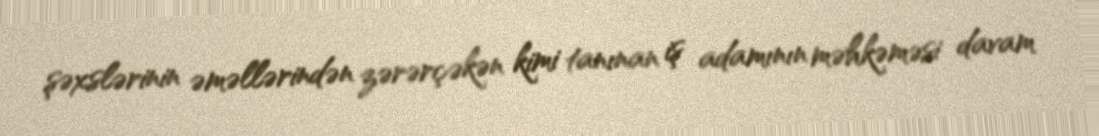
şəxslərinin əməllərindən zərərçəkən kimi tanınan iş adamının məhkəməsi davam